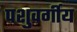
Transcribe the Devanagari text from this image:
पशुवर्गीय